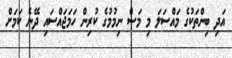
އަދި ބިންތަކުގެ މައްސަލަ މި މަސް ނިމުމުގެ ކުރިން ހަމަޖައްސައި ދޭނެ ކަމަށް